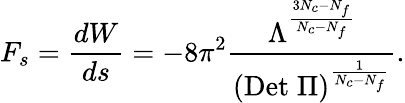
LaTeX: F_{s}={\frac{dW}{ds}}=-8\pi^{2}{\frac{\Lambda^{{\frac{3N_{c}-N_{f}}{N_{c}-N_{f}}}}}{(\mathrm{Det}\; \Pi)^{{\frac{1}{N_{c}-N_{f}}}}}}.